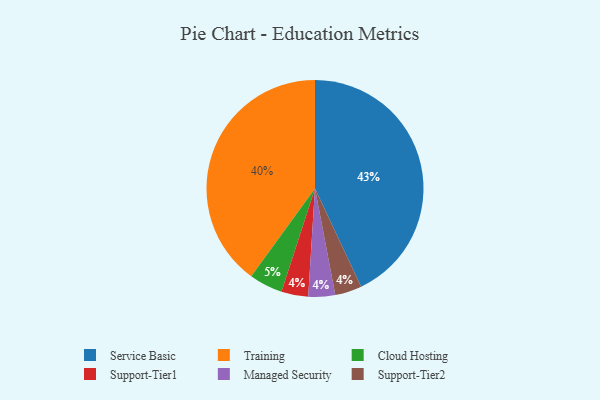
{"axis": {"x": "Category", "y": "Percentage"}, "legend": ["Cloud Hosting", "Managed Security", "Service Basic", "Support-Tier1", "Support-Tier2", "Training"], "data": [{"x": "Support-Tier1", "y": 4, "type": "Support-Tier1"}, {"x": "Managed Security", "y": 4, "type": "Managed Security"}, {"x": "Service Basic", "y": 43, "type": "Service Basic"}, {"x": "Cloud Hosting", "y": 5, "type": "Cloud Hosting"}, {"x": "Training", "y": 40, "type": "Training"}, {"x": "Support-Tier2", "y": 4, "type": "Support-Tier2"}]}